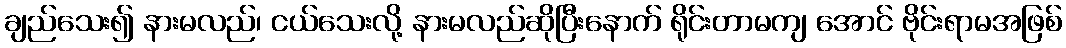
ချည်သေး၍ နားမလည်၊ ငယ်သေးလို့ နားမလည်ဆိုပြီးနောက် ရိုင်းတာမကျ အောင် ဗိုင်းရာမအဖြစ်